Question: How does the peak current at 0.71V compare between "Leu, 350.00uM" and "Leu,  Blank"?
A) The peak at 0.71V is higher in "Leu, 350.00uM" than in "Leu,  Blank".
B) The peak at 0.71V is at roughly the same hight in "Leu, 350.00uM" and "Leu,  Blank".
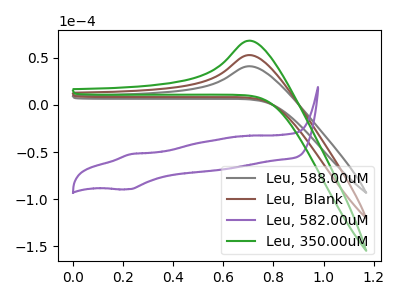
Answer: <think>The gray curve "Leu, 588.00uM" has an anodic peak at: (0.70V, 41.15uA). The brown curve "Leu,  Blank" has an anodic peak at: (0.70V, 53.00uA). The purple curve "Leu, 582.00uM" has an anodic peak at (0.25V, -52.20uA) and a cathodic peak at (0.20V, -89.40uA). The green curve "Leu, 350.00uM" has an anodic peak at: (0.70V, 106.05uA).</think>
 <answer>A) The peak at 0.71V is higher in "Leu, 350.00uM" than in "Leu,  Blank".</answer>
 <eval>A</eval>